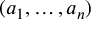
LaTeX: ( a _ { 1 } , \ldots , a _ { n } )